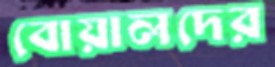
বোয়ালদের